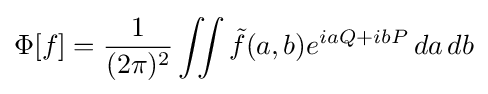
\Phi [f]={\frac {1}{(2\pi )^{2}}}\iint {\tilde {f}}(a,b)e^{iaQ+ibP}\,da\,db